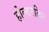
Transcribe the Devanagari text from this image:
होल्डरलिन